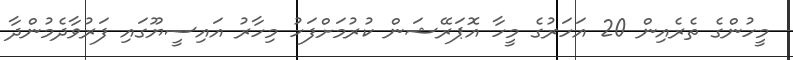
މީހުންގެ ތެރެއިން 20 އަހަރުގެ މީހާ އޮޕަރޭޝަން ކުރުމަށްފަހު މިހާރު އައިސީޔޫގައި ފަރުވާދެމުންދާ